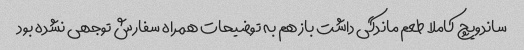
ساندویچ کاملا طعم ماندگی داشت باز هم به توضیحات همراه سفارش توجهی نشده بود